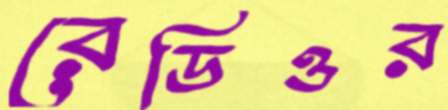
রেডিওর